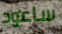
ساعود